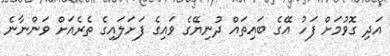
އަދި ގޮވުމަށް ފަހު އޭގެ ބައިތައް ދުނިޔޭގެ ވައިގެ ފަށަލައިގެ ތެރެއަށް ވަންނާނެ